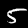
Digit: 5